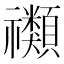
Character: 禷